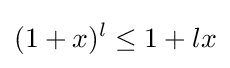
(1+x)^{l}\leq 1+lx